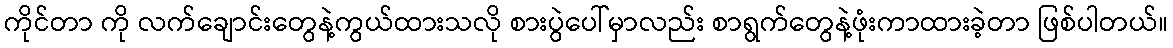
ကိုင်တာ ကို လက်ချောင်းတွေနဲ့ကွယ်ထားသလို စားပွဲပေါ်မှာလည်း စာရွက်တွေနဲ့ဖုံးကာထားခဲ့တာ ဖြစ်ပါတယ်။